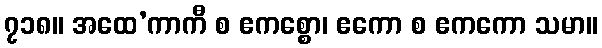
၇၁၈။ အထေ’ကာကီ စ ဧကစ္စော၊ ဧကော စ ဧကကော သမာ။